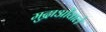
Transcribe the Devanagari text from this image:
मुद्राओंवाले